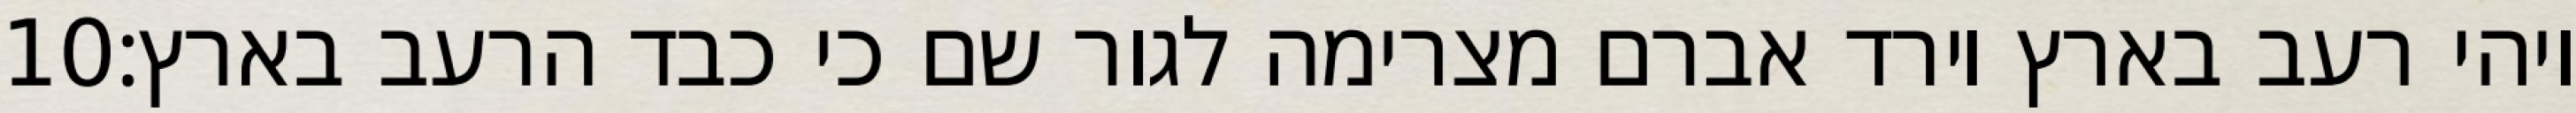
‎10‏ ויהי רעב בארץ וירד אברם מצרימה לגור שם כי כבד הרעב בארץ׃